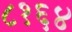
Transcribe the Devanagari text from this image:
८१६४